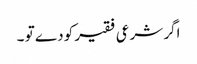
اگر شرعی فقیر کو دے تو ۔